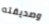
وصديقته